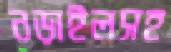
নড়াইলসহ